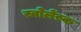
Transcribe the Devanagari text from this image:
स्वोलेंस्क